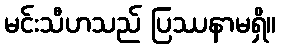
မင်းသီဟသည် ပြဿနာမရှိ။